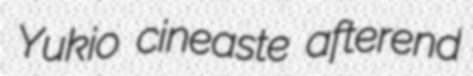
Yukio cineaste afterend